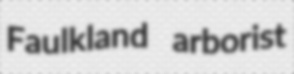
Faulkland arborist